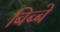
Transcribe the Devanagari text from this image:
बिब्बे